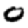
Digit: 0